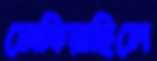
সেকিয়াছিলে